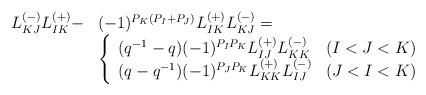
LaTeX: \begin{align*}\begin{array}{ll}L_{KJ}^{(-)}L_{IK}^{(+)}-&(-1)^{P_K(P_I+P_J)}L_{IK}^{(+)}L_{KJ}^{(-)}=\\&\left\{ \begin{array}{ll}(q^{-1}-q)(-1)^{P_IP_K}L_{IJ}^{(+)}L_{KK}^{(-)} & (I<J<K)\\(q-q^{-1})(-1)^{P_JP_K}L_{KK}^{(+)}L_{IJ}^{(-)} & (J<I<K) \end{array} \right.\end{array}\end{align*}